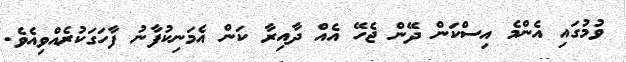
ވުމުގައި އެންމެ އިސްކަން ދޭން ޖެހޭ އެއް ދާއިރާ ކަން އެމަނިކުފާނު ފާހަގަކުރެއްވިއެވެ.